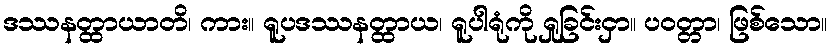
ဒဿနတ္ထာယာတိ၊ ကား။ ရူပဒဿနတ္ထာယ၊ ရူပါရုံကို ရှုခြင်းငှာ။ ပဝတ္တာ၊ ဖြစ်သော။